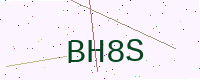
Text: BH8S